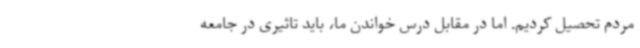
مردم تحصیل کردیم. اما در مقابل درس خواندن ما، باید تاثیری در جامعه